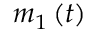
m _ { 1 } \left( t \right)